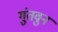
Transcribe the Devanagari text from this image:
गुंतवुन